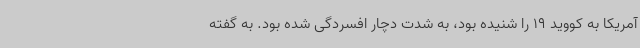
آمریکا به کووید 19 را شنیده بود، به شدت دچار افسردگی شده بود. به گفته